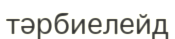
тәрбиелейд